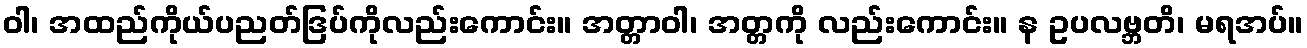
ဝါ၊ အထည်ကိုယ်ပညတ်ဒြပ်ကိုလည်းကောင်း။ အတ္တာဝါ၊ အတ္တကို လည်းကောင်း။ န ဥပလဗ္ဘတိ၊ မရအပ်။